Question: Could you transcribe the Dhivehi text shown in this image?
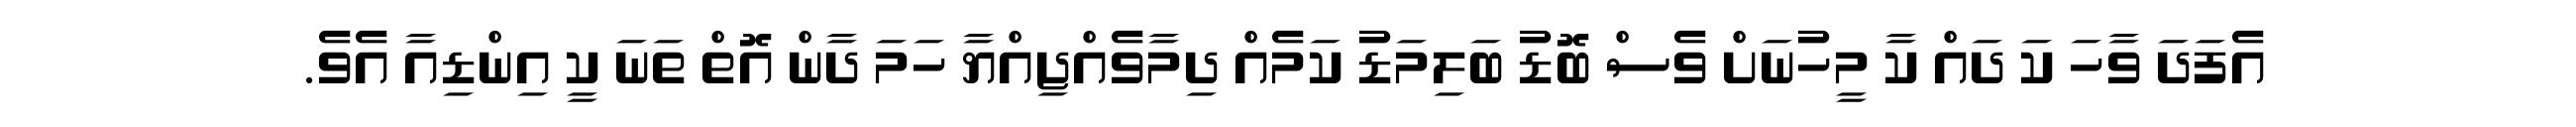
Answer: އެފަދަ ވާހަ ކަ ދައް ކާ މީހުނަށް ވެސް ބޮޑު ބަލިމަޑު ކަމެއް ދިމާވެއްޖިއްޔާ ހަމަ ދާން އޮތް ތަނަ ކީ އިންޑިއާ އެވެ.